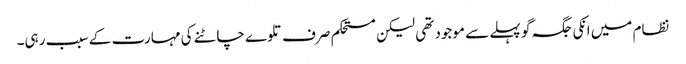
نظام میں انکی جگہ گو پہلے سے موجود تھی لیکن مستحکم صرف تلوے چاٹنے کی مہارت کے سبب رہی۔